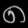
Digit: ၈